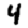
Digit: 4